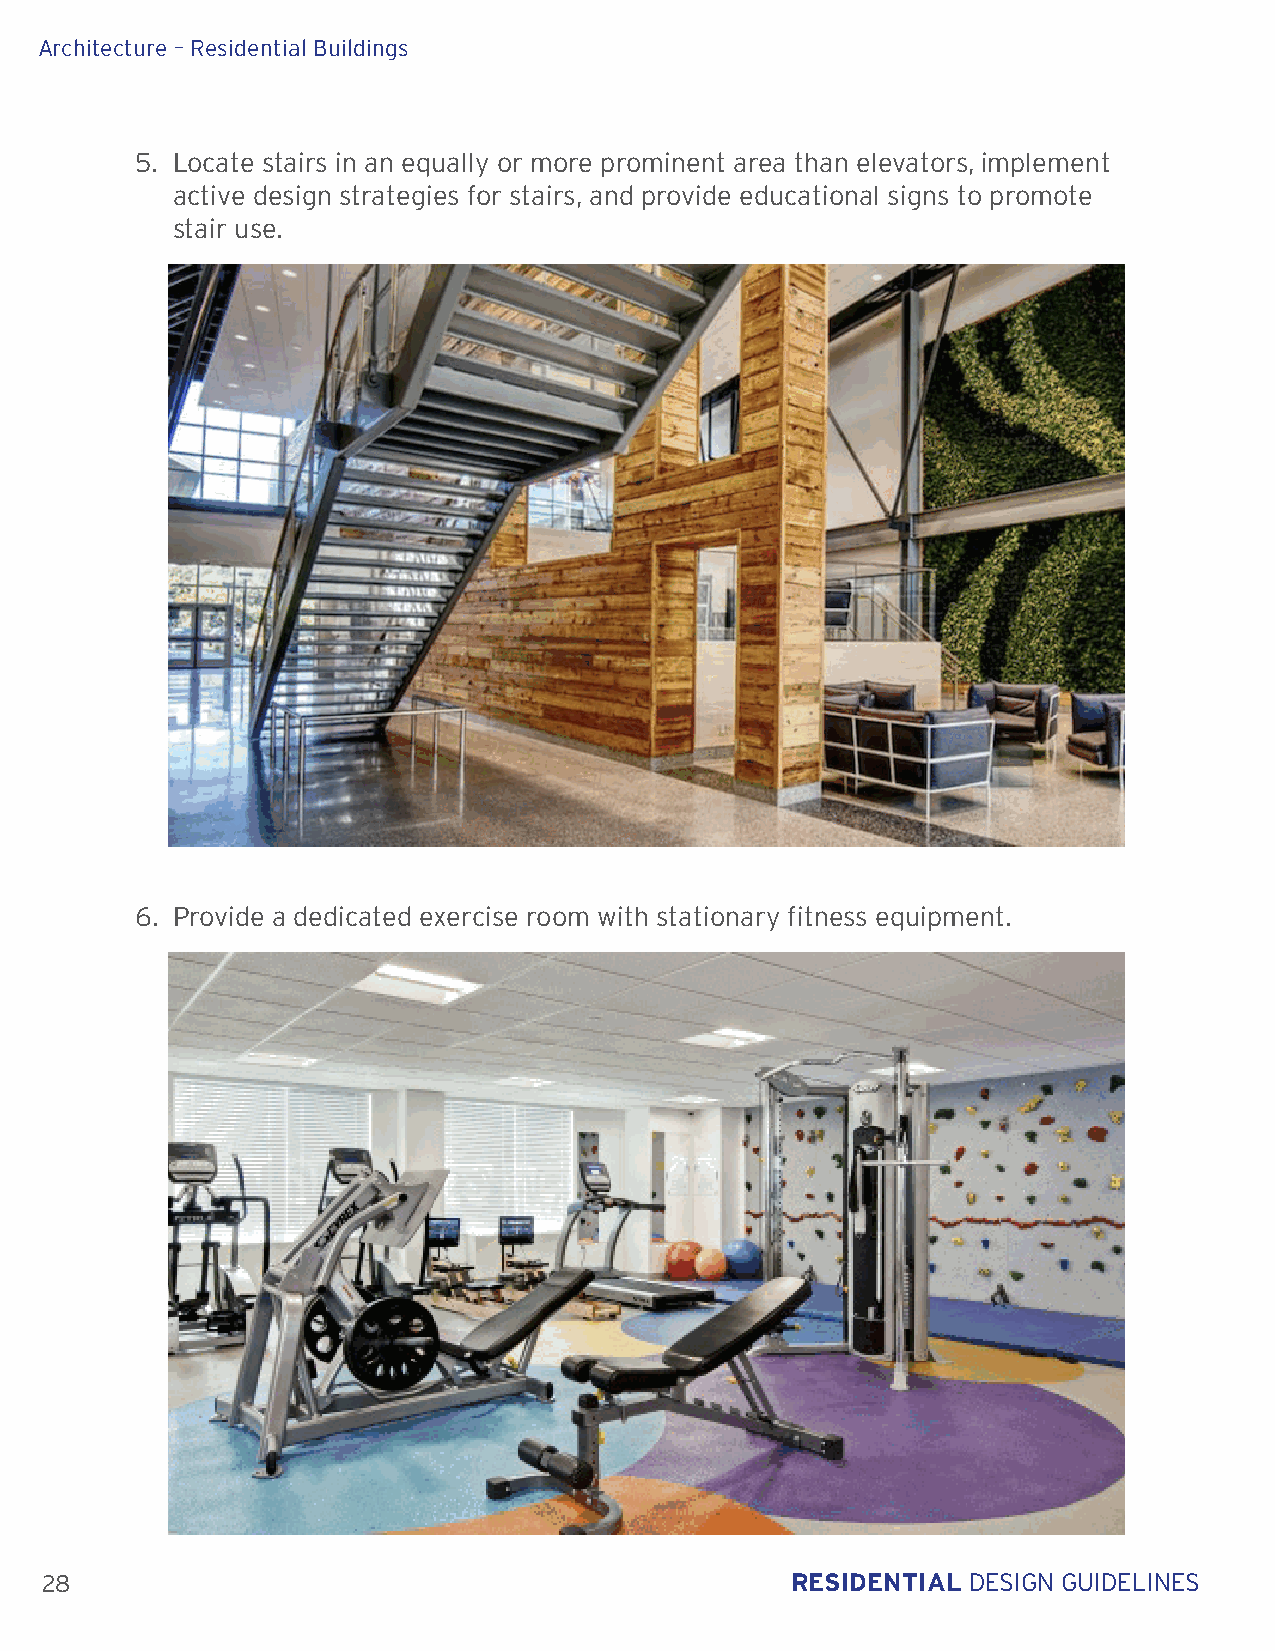
Architecture – Residential Buildings
 5. Locate stairs in an equally or more prominent area than elevators, implement
 active design strategies for stairs, and provide educational signs to promote
 stair use.
 6. Provide a dedicated exercise room with stationary fitness equipment.
 28                                               RESIDENTIAL DESIGN GUIDELINES